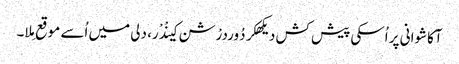
آکاشوانی پر اُسکی پیش کش دیکھکر دُوردرْشن کینْدْر، دلی میں اُسے موقع مِلا۔